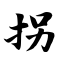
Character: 拐